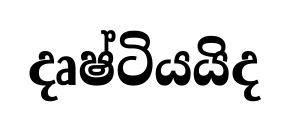
දෘෂ්ටියයිද